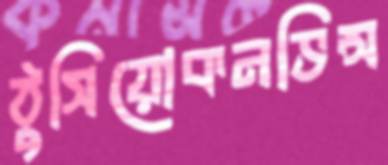
ঠুসিয়োকনভিন্স